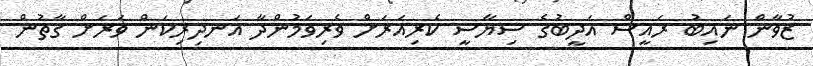
ޒުވާން ނައިބު ރައީސް އަދީބުގެ ސިޔާސީ ކެރިއަރަށް ވެރިވަމުންދާ އަނދިރިކަން ވަރަށް ގާތުން